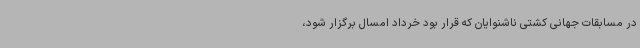
در مسابقات جهانی کشتی ناشنوایان که قرار بود خرداد امسال برگزار شود،